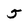
Character: 5